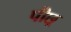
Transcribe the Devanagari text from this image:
पीछ्र